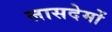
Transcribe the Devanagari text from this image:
लासदेमों